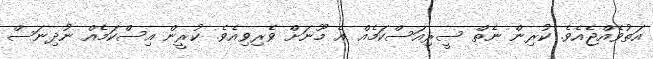
އަތުވެއްޖެއެވެ. ކުރިން ނެތް ސީރިއަސްކަމެއް އެ މޫނަށް ވެރިވިއެވެ. ކުރީން އިސްކަމެއް ނުދިނަސް